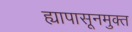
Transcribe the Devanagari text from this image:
ह्यापासूनमुक्त